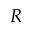
R